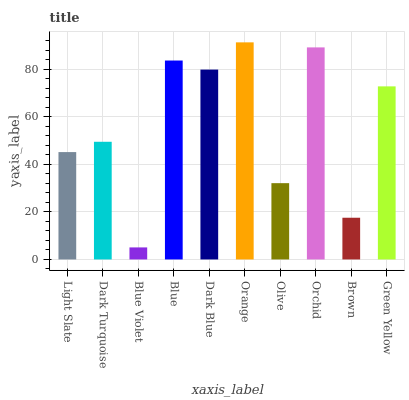
| xaxis_label | bars |
 | --- | --- |
 | Light Slate | 45.2 |
 | Dark Turquoise | 49.5 |
 | Blue Violet | 5.07 |
 | Blue | 83.7 |
 | Dark Blue | 79.9 |
 | Orange | 91.3 |
 | Olive | 32.1 |
 | Orchid | 89.2 |
 | Brown | 17.6 |
 | Green Yellow | 72.8 |